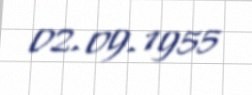
02.09.1955